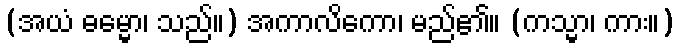
(အယံ ဓမ္မော၊ သည်။) အကာလိကော၊ မည်၏။ (ကသ္မာ၊ ကား။)